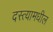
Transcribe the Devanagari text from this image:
दस्त्यामधील